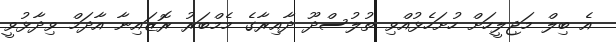
އެ ބިލް މަޖިލީހަށް ހުށަހެޅުއްވި ތުލުސްދޫ ދާއިރާގެ މެމްބަރު ރޮޒައިނާ އާދަމް ވިދާޅުވީ